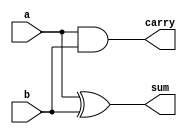
module half_adder(
  input a,b,
  output reg sum, carry
  );
  assign sum = a^b;
  assign carry = a&b;
endmodule